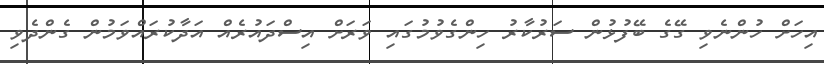
އިހަށް ހުންނެވި ގޭގެ ބޭފުޅުން ސަރުކާރު ހިންގެވުމުގައި ވަރަށް އިސްދައުރެއް އަދާކުރައްވަމުން ގެންދެވި